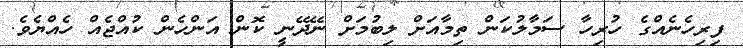
ފިރިހެނެއްގެ ހުރިހާ ސަމާލުކަން ތިމާއަށް ލިބުމަށް ނޭދޭނީ ކޮން އަންހެން ކުއްޖެއް ހެއްޔެވެ.